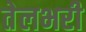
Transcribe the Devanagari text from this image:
तेलभरी